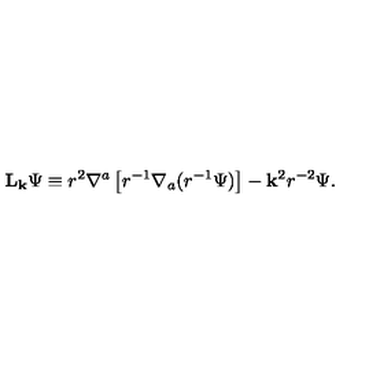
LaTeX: { \bf L } _ { \bf k } \Psi \equiv r ^ { 2 } \nabla ^ { a } \left[ r ^ { - 1 } \nabla _ { a } ( r ^ { - 1 } \Psi ) \right] - { \bf k } ^ { 2 } r ^ { - 2 } \Psi .